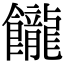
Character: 𩟭